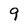
Character: 9